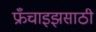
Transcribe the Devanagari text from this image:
फ्रँचाइझसाठी